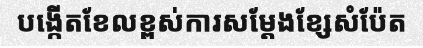
បង្កើតខែលខ្ពស់ការសម្តែងខ្សែសំប៉ែត